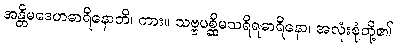
အန္တိမဒေဟဓာရိနောတိ၊ ကား။ သဗ္ဗပစ္ဆိမသရိရဓာရိနော၊ အလုံးစုံတို့၏